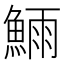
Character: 𬵗